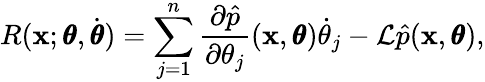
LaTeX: R(\mathbf x;\pmb\theta,\dot{\pmb\theta})=\sum_{j=1}^{n}\frac{\partial\hat{p}}{\partial\theta_{j}}(\mathbf x,\pmb\theta)\dot{\theta}_{j}-\mathcal L\hat{p}(\mathbf x,\pmb\theta),